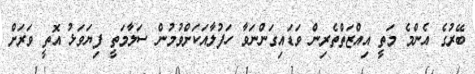
ބޭރުގެ އެންމެ މަތީ އިއްޒަތްތެރިން ވަޑައިގަންނަވާ ހަފުލާއަކަށްވުމުން ސަލާމަތީ ފިޔަވަޅު އޮތީ ވަރަށް